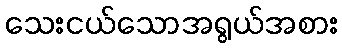
သေးငယ်သောအရွယ်အစား